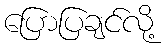
ပြောပြချင်လို့